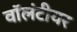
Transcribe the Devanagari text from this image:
वॉलंटीयर